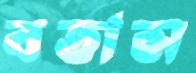
বতাস